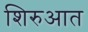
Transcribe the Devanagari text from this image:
शिरुआत